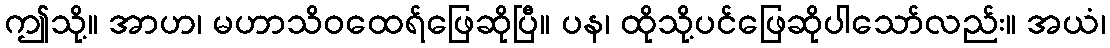
ဤသို့။ အာဟ၊ မဟာသိဝထေရ်ဖြေဆိုပြီ။ ပန၊ ထိုသို့ပင်ဖြေဆိုပါသော်လည်း။ အယံ၊